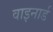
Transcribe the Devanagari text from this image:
वाइनार्ड